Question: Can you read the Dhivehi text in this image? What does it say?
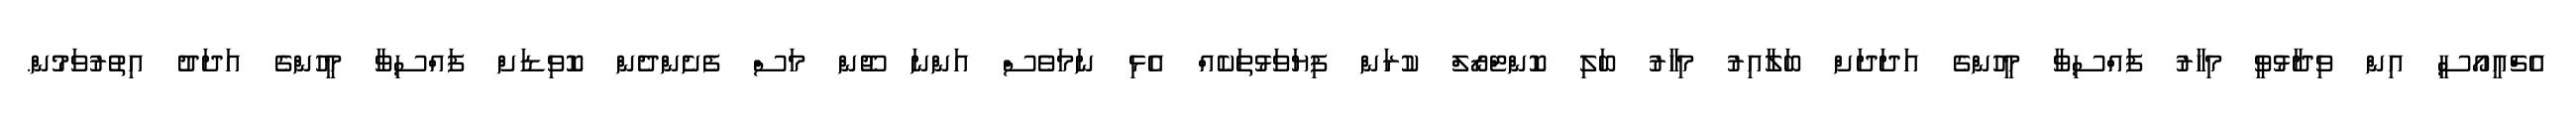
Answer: އެޗްއީއޯސީ އިން ވިދާޅުވީ މިހާރު ފައްސިވާ މީހުންގެ އަދަދަށް ބަލާއިރު މިހާރު ބަލި ކޮންޓްރޯލް ކުރަން ފިޔަވަޅުތަކެއް އެޅި ނަމަވެސް އަންނަ ޖޫން މަސް ފެށެންދެން ކޮވިޑަށް ފައްސިވާ މީހުންގެ އަދަދު އިތުރުވަމުން.